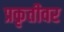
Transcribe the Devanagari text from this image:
प्रकृतीवर